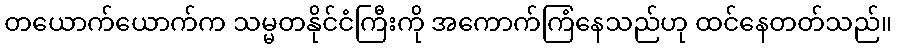
တယောက်ယောက်က သမ္မတနိုင်ငံကြီးကို အကောက်ကြံနေသည်ဟု ထင်နေတတ်သည်။